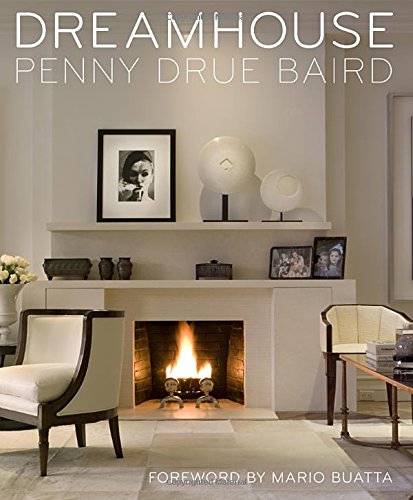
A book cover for Dreamhouse: Penny Drue Baird; Penny Drue Baird; Arts & Photography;